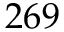
2 6 9